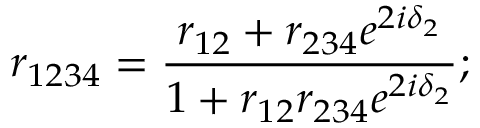
r _ { 1 2 3 4 } = \frac { r _ { 1 2 } + r _ { 2 3 4 } e ^ { 2 i \delta _ { 2 } } } { 1 + r _ { 1 2 } r _ { 2 3 4 } e ^ { 2 i \delta _ { 2 } } } ;